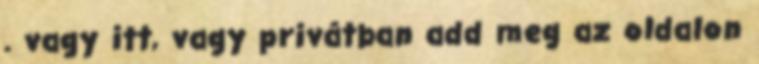
. vagy itt, vagy privátban add meg az oldalon